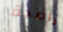
ناضجة